Insane asylums in Bengal annual reports 1876-1887 - 1876-1887
Year: 1876
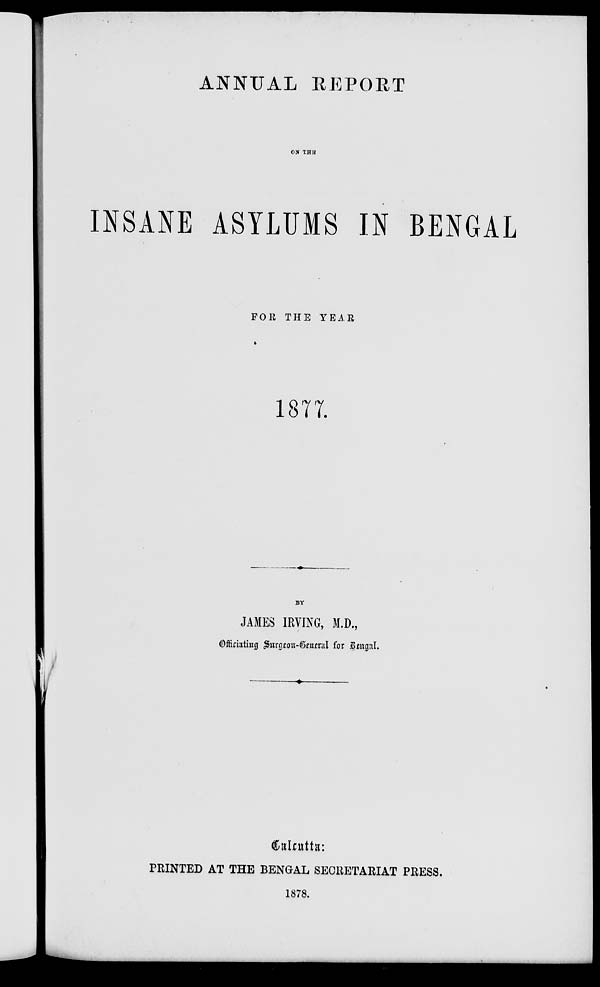
ANNUAL REPORT
ON THE
INSANE ASYLUMS IN BENGAL
FOR THE YEAR
1877.
BY
JAMES IRVING, M.D.,
Officiating Surgeon-General for Bengal.
Calcutta:
PRINTED AT THE BENGAL SECRETARIAT PRESS.
1878.